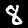
Digit: 8